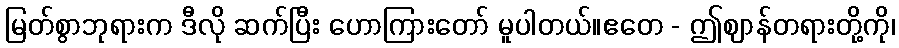
မြတ်စွာဘုရားက ဒီလို ဆက်ပြီး ဟောကြားတော် မူပါတယ်။ဧတေ - ဤဈာန်တရားတို့ကို၊